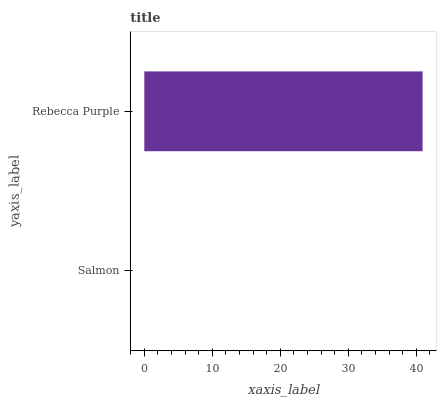
| yaxis_label | bars |
 | --- | --- |
 | Salmon | 0 |
 | Rebecca Purple | 40.9 |